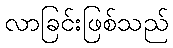
လာခြင်းဖြစ်သည်